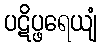
ပဋိပ္ဖရေယျံ